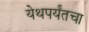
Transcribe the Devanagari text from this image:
येथपर्यंतचा